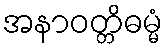
အနာဝတ္တိဓမ္မံ